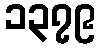
၁၃၇၉